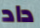
داد